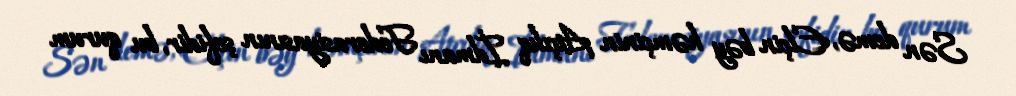
Sən demə, Elçin bəy həmçinin Atçılıq İdmanı Federasiyasının şefidir, bu qurum